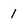
Character: 1